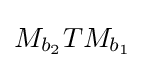
M_{b_{2}}TM_{b_{1}}